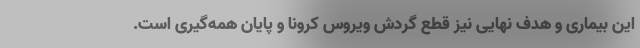
این بیماری و هدف نهایی نیز قطع گردش ویروس کرونا و پایان همه‌گیری است.